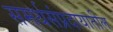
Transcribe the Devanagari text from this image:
समर्थसंप्रदायातील